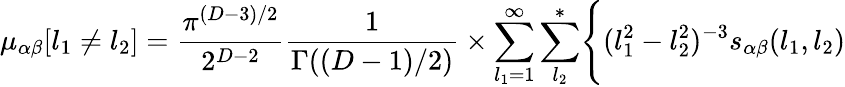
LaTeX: \mu_{\alpha\beta}[l_{1}\neq l_{2}]={\frac{\pi^{(D-3)/2}}{2^{D-2}}}{\frac{1}{\Gamma((D-1)/2)}}\times\sum_{l_{1}=1}^{\infty}\sum_{l_{2}}^{*}\Biggl\{ (l_{1}^{2}-l_{2}^{2})^{-3}s_{\alpha\beta}(l_{1},l_{2})